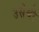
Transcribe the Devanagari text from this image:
उसेबी